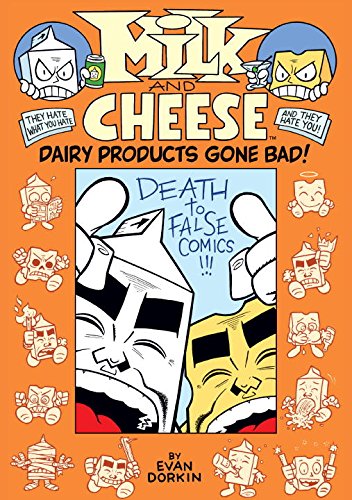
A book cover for Milk and Cheese: Dairy Products Gone Bad; Evan Dorkin; Comics & Graphic Novels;